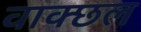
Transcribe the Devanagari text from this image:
वाक्छल